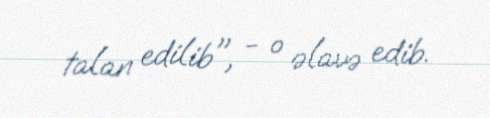
talan edilib", - o əlavə edib.